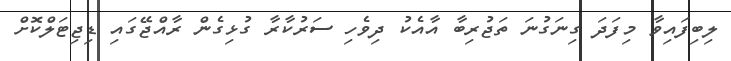
ލިބިފައިވާ މިފަދަ ގިނަގުނަ ތަޖުރިބާ އާއެކު ދިވެހި ސަރުކާރާ ގުޅިގެން ރާއްޖޭގައި ޑިޖިޓަލްކޮށް